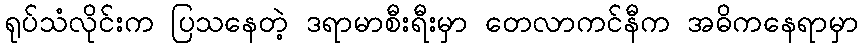
ရုပ်သံလိုင်းက ပြသနေတဲ့ ဒရာမာစီးရီးမှာ တေလာကင်နီက အဓိကနေရာမှာ